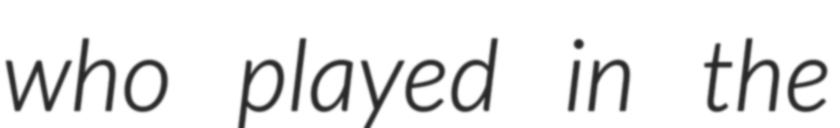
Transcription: who played in the